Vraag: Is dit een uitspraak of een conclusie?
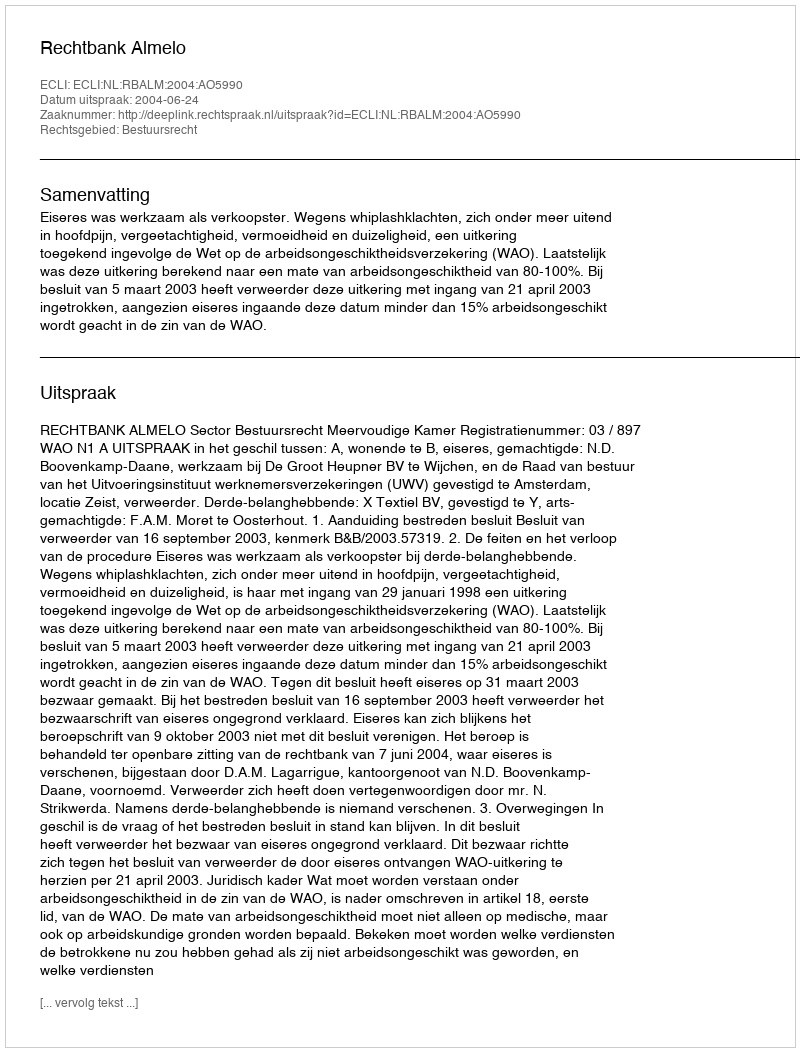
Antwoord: Uitspraak